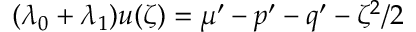
( \lambda _ { 0 } + \lambda _ { 1 } ) u ( \zeta ) = \mu ^ { \prime } - p ^ { \prime } - q ^ { \prime } - \zeta ^ { 2 } / 2